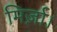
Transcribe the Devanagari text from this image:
मिर्ज़ा।